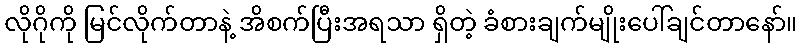
လိုဂိုကို မြင်လိုက်တာနဲ့ အိစက်ပြီးအရသာ ရှိတဲ့ ခံစားချက်မျိုးပေါ်ချင်တာနော်။